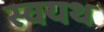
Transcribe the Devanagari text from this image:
स्वयथ